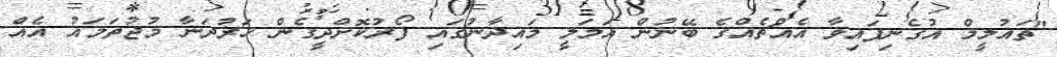
"ތައުލީމް އުގެނިފައިވާ އެއްޗެއްގެ ބޭނުން އަމަލީ މައިދާނުގައި ފޯރުކޮށްދީގެން ހަރުދަނާ މުޖުތަމައު އެއް